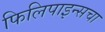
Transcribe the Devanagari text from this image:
फिलिपाइन्सचा